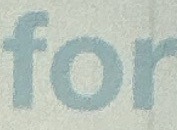
for